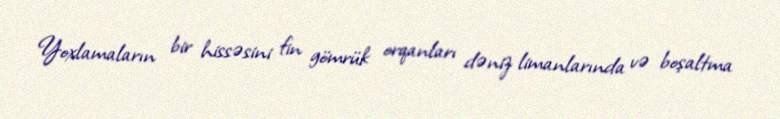
Yoxlamaların bir hissəsini fin gömrük orqanları dəniz limanlarında və boşaltma